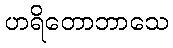
ဟရိတောဘာသေ